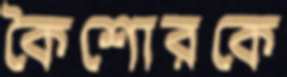
কৈশোরকে